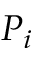
P _ { i }